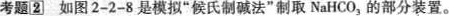
考题2]如图2-2-8是模拟”侯氏制碱法”制取NaHCO_{3}的部分装置。